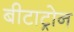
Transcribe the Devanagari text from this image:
बीटाट्रोन